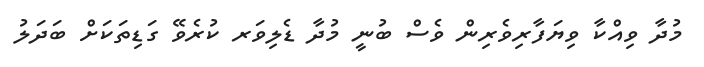
މުދާ ވިއްކާ ވިޔަފާރިވެރިން ވެސް ބުނީ މުދާ ޑެލިވަރ ކުރެވޭ ގަޑިތަކަށް ބަދަލު